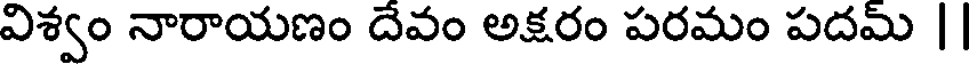
విశ్వం నారాయణం దేవం అక్షరం పరమం పదమ్ ||